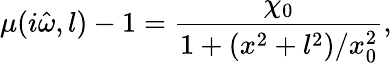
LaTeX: \mu(i\hat{\omega},l)-1=\frac{\chi_{0}}{1+(x^{2}+l^{2})/x_{0}^{2}},